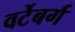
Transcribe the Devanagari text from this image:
वर्टेबर्ग